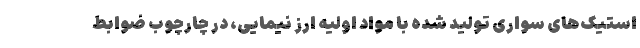
استیک‌های سواری تولید شده با مواد اولیه ارز نیمایی، در چارچوب ضوابط